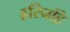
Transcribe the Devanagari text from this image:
हरिनहि